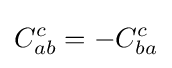
C_{ab}^{c}=-C_{ba}^{c}